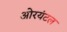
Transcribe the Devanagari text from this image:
ओरयंटल